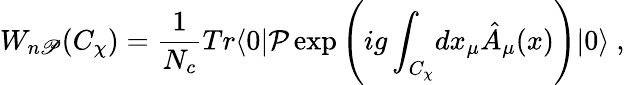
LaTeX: W_{n\mathscr{P}}(C_{\chi})={\frac{{1}}{{N_{c}}}}Tr\langle0|\mathcal{{P}}\exp\left(ig\int_{C_{\chi}}\! dx_{\mu}\hat{{A}}_{\mu}(x)\right)|0\rangle\ ,